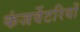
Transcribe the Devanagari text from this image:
कंजर्वेटरियों